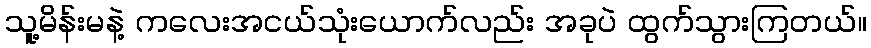
သူ့မိန်းမနဲ့ ကလေးအငယ်သုံးယောက်လည်း အခုပဲ ထွက်သွားကြတယ်။